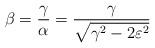
LaTeX: \begin{align*} \beta = \frac{\gamma}{\alpha} = \frac{\gamma}{\sqrt{\gamma^2 -2\varepsilon^2}} \end{align*}